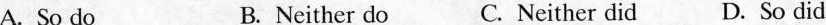
A.So doB. Neither doC.Neither didD. So did